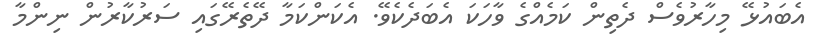
އެބައުޅޭ މިހާރުވެސް ދެތިން ކަމެއްގެ ވާހަކަ އެބަދެކެވޭ. އެކަންކަމާ ދޭތެރޭގައި ސަރުކާރުން ނިންމާ